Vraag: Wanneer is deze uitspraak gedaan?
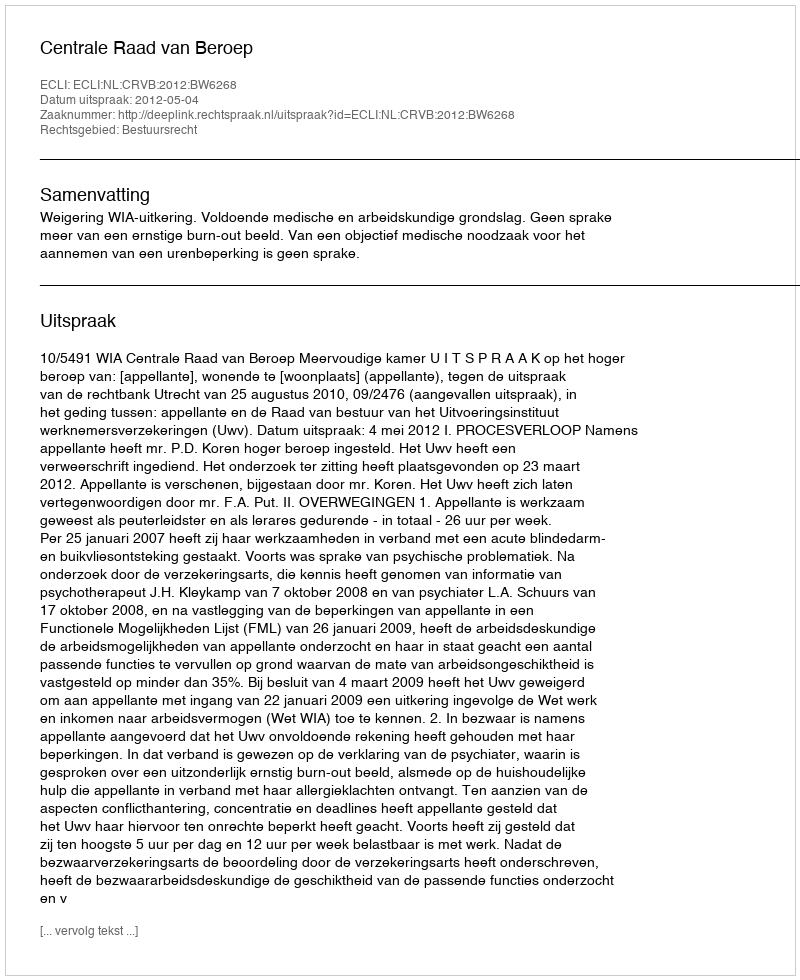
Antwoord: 2012-05-04